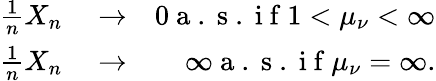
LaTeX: \begin{array}{rlr}{\frac{1}{n}X_{n}}&{{}\rightarrow}&{0\mathrm{~a~.~s~.~i~f~}1<\mu_{\nu}<\infty}\\ {\frac{1}{n}X_{n}}&{{}\rightarrow}&{\infty\mathrm{~a~.~s~.~i~f~}\mu_{\nu}=\infty.}\end{array}